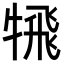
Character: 𩙲